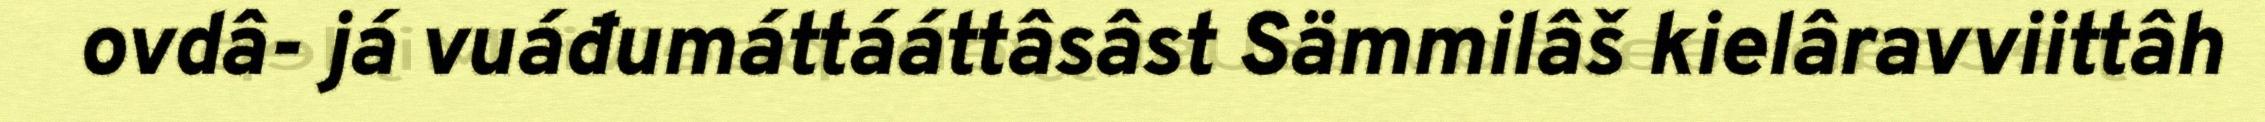
ovdâ- já vuáđumáttááttâsâst Sämmilâš kielâravviittâh